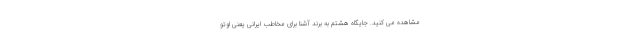
مشاهده می کنید. جایگاه هشتم به برند آشنا برای مخاطب ایرانی یعنی اوتو